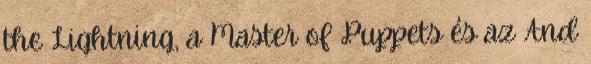
the Lightning, a Master of Puppets és az And